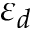
\varepsilon _ { d }